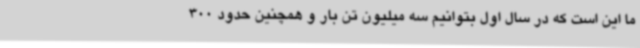
ما این است که در سال اول بتوانیم سه میلیون تن بار و همچنین حدود 300